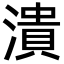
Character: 潰